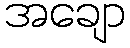
အချော